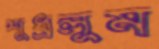
শুধ্‌রলুম